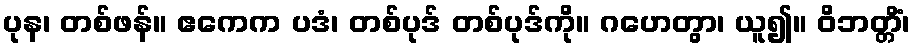
ပုန၊ တစ်ဖန်။ ဧကေက ပဒံ၊ တစ်ပုဒ် တစ်ပုဒ်ကို။ ဂဟေတွာ၊ ယူ၍။ ဝိဘတ္တိံ၊